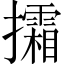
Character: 𢹩